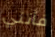
فأنني